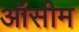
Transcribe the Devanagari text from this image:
ऑसीम